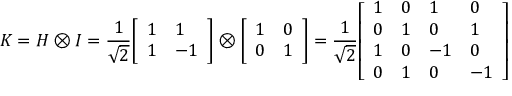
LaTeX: K = H \otimes I = { \frac { 1 } { \sqrt { 2 } } } { \left[ \begin{array} { l l } { 1 } & { 1 } \\ { 1 } & { - 1 } \end{array} \right] } \otimes { \left[ \begin{array} { l l } { 1 } & { 0 } \\ { 0 } & { 1 } \end{array} \right] } = { \frac { 1 } { \sqrt { 2 } } } { \left[ \begin{array} { l l l l } { 1 } & { 0 } & { 1 } & { 0 } \\ { 0 } & { 1 } & { 0 } & { 1 } \\ { 1 } & { 0 } & { - 1 } & { 0 } \\ { 0 } & { 1 } & { 0 } & { - 1 } \end{array} \right] }